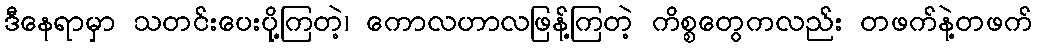
ဒီနေရာမှာ သတင်းပေးပို့ကြတဲ့၊ ကောလဟာလဖြန့်ကြတဲ့ ကိစ္စတွေကလည်း တဖက်နဲ့တဖက်